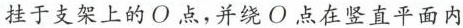
挂于支架上的O点，并绕O点在竖直平面内